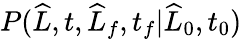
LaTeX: P(\widehat{L},t,\widehat{L}_{f},t_{f}|\widehat{L}_{0},t_{0})